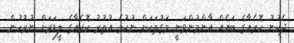
ދެކުނު ކޮރެއާގެ ބައެއް އާންމުންވަނީ މަގުތަކަށް ނުކުމެ އުތުރު ކޮރެއާގެ ލީޑަރަށް ނުރުހުން